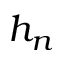
h _ { n }